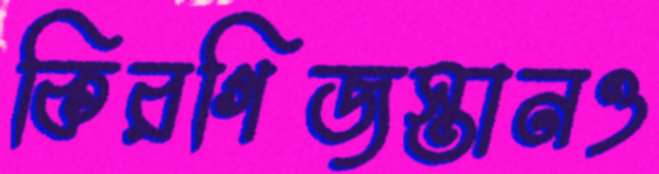
কিরগিজস্তানও